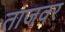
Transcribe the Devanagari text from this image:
ताजवर